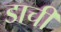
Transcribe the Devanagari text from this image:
डाची